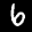
Digit: 6